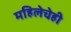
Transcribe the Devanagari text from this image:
महिलेचेही